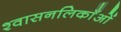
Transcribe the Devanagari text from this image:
श्वासनलिकाँओं